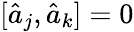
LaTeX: [\hat{a}_{j},\hat{a}_{k}]=0